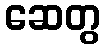
ဆေတွ